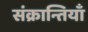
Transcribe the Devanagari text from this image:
संक्रान्तियाँ